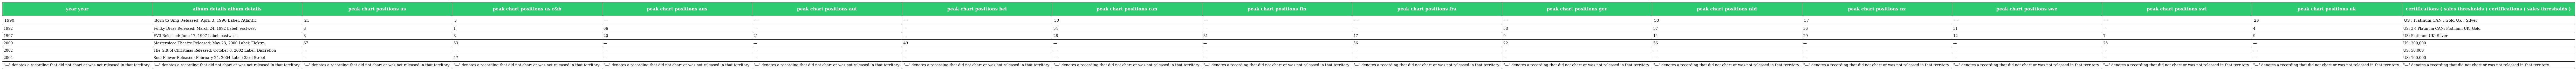
| year year | album details album details | peak chart positions us | peak chart positions us r&b | peak chart positions aus | peak chart positions aut | peak chart positions bel | peak chart positions can | peak chart positions fin | peak chart positions fra | peak chart positions ger | peak chart positions nld | peak chart positions nz | peak chart positions swe | peak chart positions swi | peak chart positions uk | certifications ( sales thresholds ) certifications ( sales thresholds ) |
 | --- | --- | --- | --- | --- | --- | --- | --- | --- | --- | --- | --- | --- | --- | --- | --- | --- |
 | 1990 | Born to Sing Released: April 3, 1990 Label: Atlantic | 21 | 3 | — | — | — | 30 | — | — | — | 58 | 37 | — | — | 23 | US : Platinum CAN : Gold UK : Silver |
 | 1992 | Funky Divas Released: March 24, 1992 Label: eastwest | 8 | 1 | 66 | — | — | 34 | — | — | 58 | 37 | 36 | 31 | — | 4 | US: 3× Platinum CAN: Platinum UK: Gold |
 | 1997 | EV3 Released: June 17, 1997 Label: eastwest | 8 | 8 | 20 | 21 | — | 28 | 31 | 47 | 9 | 14 | 29 | 12 | 7 | 9 | US: Platinum UK: Silver |
 | 2000 | Masterpiece Theatre Released: May 23, 2000 Label: Elektra | 67 | 33 | — | — | 49 | — | — | 56 | 22 | 56 | — | — | 28 | — | US: 200,000 |
 | 2002 | The Gift of Christmas Released: October 8, 2002 Label: Discretion | — | — | — | — | — | — | — | — | — | — | — | — | — | — | US: 50,000 |
 | 2004 | Soul Flower Released: February 24, 2004 Label: 33rd Street | — | 47 | — | — | — | — | — | — | — | — | — | — | — | — | US: 100,000 |
 | "—" denotes a recording that did not chart or was not released in that territory. | "—" denotes a recording that did not chart or was not released in that territory. | "—" denotes a recording that did not chart or was not released in that territory. | "—" denotes a recording that did not chart or was not released in that territory. | "—" denotes a recording that did not chart or was not released in that territory. | "—" denotes a recording that did not chart or was not released in that territory. | "—" denotes a recording that did not chart or was not released in that territory. | "—" denotes a recording that did not chart or was not released in that territory. | "—" denotes a recording that did not chart or was not released in that territory. | "—" denotes a recording that did not chart or was not released in that territory. | "—" denotes a recording that did not chart or was not released in that territory. | "—" denotes a recording that did not chart or was not released in that territory. | "—" denotes a recording that did not chart or was not released in that territory. | "—" denotes a recording that did not chart or was not released in that territory. | "—" denotes a recording that did not chart or was not released in that territory. | "—" denotes a recording that did not chart or was not released in that territory. | "—" denotes a recording that did not chart or was not released in that territory. |